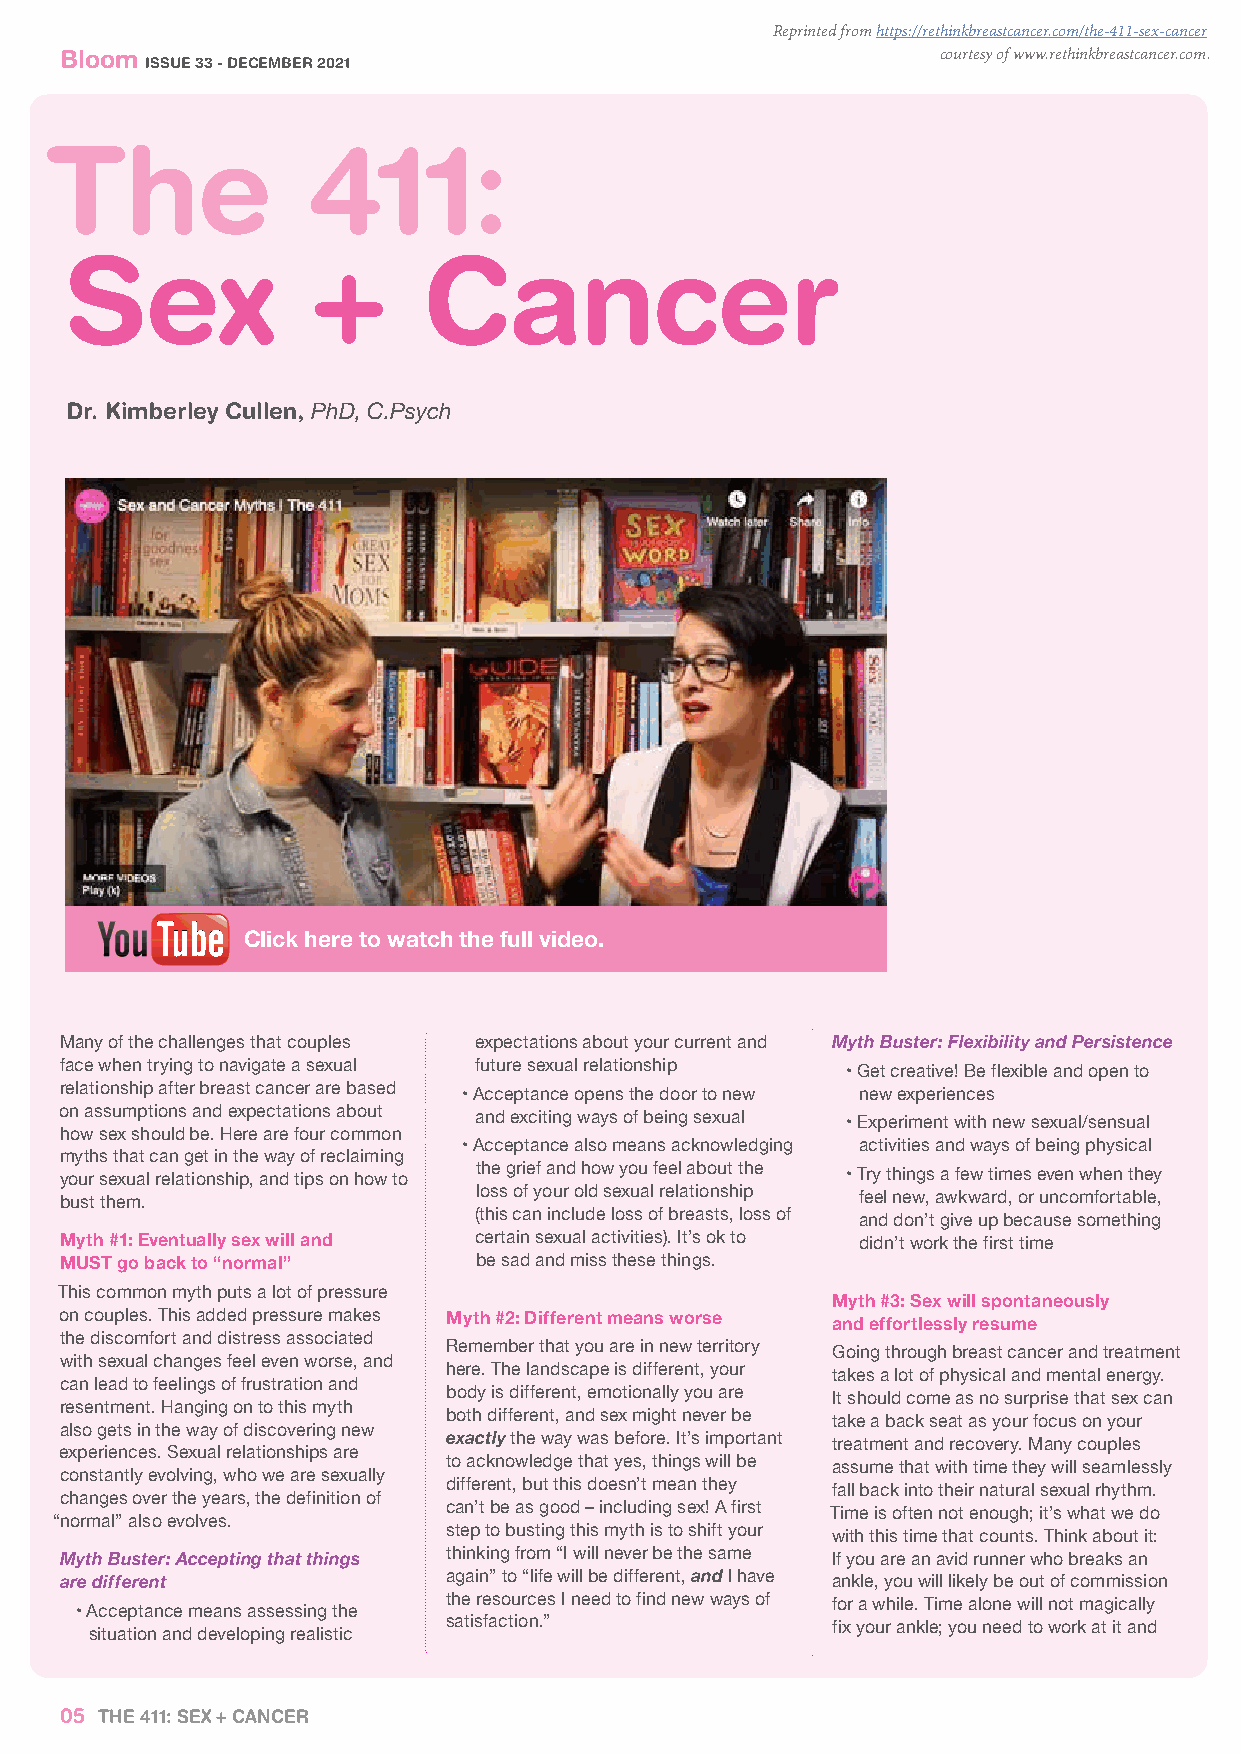
Reprinted from https://rethinkbreastcancer.com/the-411-sex-cancer
 Bloom
 ISSUE 33 - DECEMBER 2021
 courtesy of www.rethinkbreastcancer.com.
 The              411:
 Sex              +      Cancer
 Dr. Kimberley Cullen, PhD, C.Psych
 Click here to watch the full video.
 Many of the challenges that couples expectations about your current and Myth Buster: Flexibility and Persistence
 face when trying to navigate a sexual future sexual relationship • Get creative! Be flexible and open to
 relationship after breast cancer are based • Acceptance opens the door to new new experiences
 on assumptions and expectations about and exciting ways of being sexual • Experiment with new sexual/sensual
 how sex should be. Here are four common
 • Acceptance also means acknowledging activities and ways of being physical
 myths that can get in the way of reclaiming
 your sexual relationship, and tips on how to the grief and how you feel about the • Try things a few times even when they
 bust them.                 loss of your old sexual relationship feel new, awkward, or uncomfortable,
 (this can include loss of breasts, loss of and don’t give up because something
 Myth #1: Eventually sex will and certain sexual activities). It’s ok to didn’t work the first time
 MUST go back to “normal”   be sad and miss these things.
 This common myth puts a lot of pressure            Myth #3: Sex will spontaneously
 on couples. This added pressure makes Myth #2: Different means worse and effortlessly resume
 the discomfort and distress associated
 Remember that you are in new territory Going through breast cancer and treatment
 with sexual changes feel even worse, and
 here. The landscape is different, your takes a lot of physical and mental energy.
 can lead to feelings of frustration and
 body is different, emotionally you are It should come as no surprise that sex can
 resentment. Hanging on to this myth
 both different, and sex might never be take a back seat as your focus on your
 also gets in the way of discovering new exactly the way was before. It’s important treatment and recovery. Many couples
 experiences. Sexual relationships are
 to acknowledge that yes, things will be assume that with time they will seamlessly
 constantly evolving, who we are sexually
 different, but this doesn’t mean they fall back into their natural sexual rhythm.
 changes over the years, the definition of
 can’t be as good – including sex! A first Time is often not enough; it’s what we do
 “normal” also evolves.
 step to busting this myth is to shift your with this time that counts. Think about it:
 Myth Buster: Accepting that things thinking from “I will never be the same If you are an avid runner who breaks an
 are different            again” to “life will be different, and I have ankle, you will likely be out of commission
 the resources I need to find new ways of for a while. Time alone will not magically
 • Acceptance means assessing the
 satisfaction.”           fix your ankle; you need to work at it and
 situation and developing realistic
 05 THE 411: SEX + CANCER